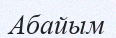
Абайым